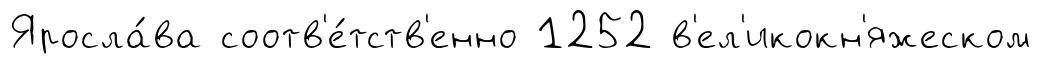
Яросла́ва соотв'е́тств'енно 1252 в'ел'икокн'яжеском